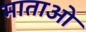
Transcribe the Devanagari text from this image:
माताओ